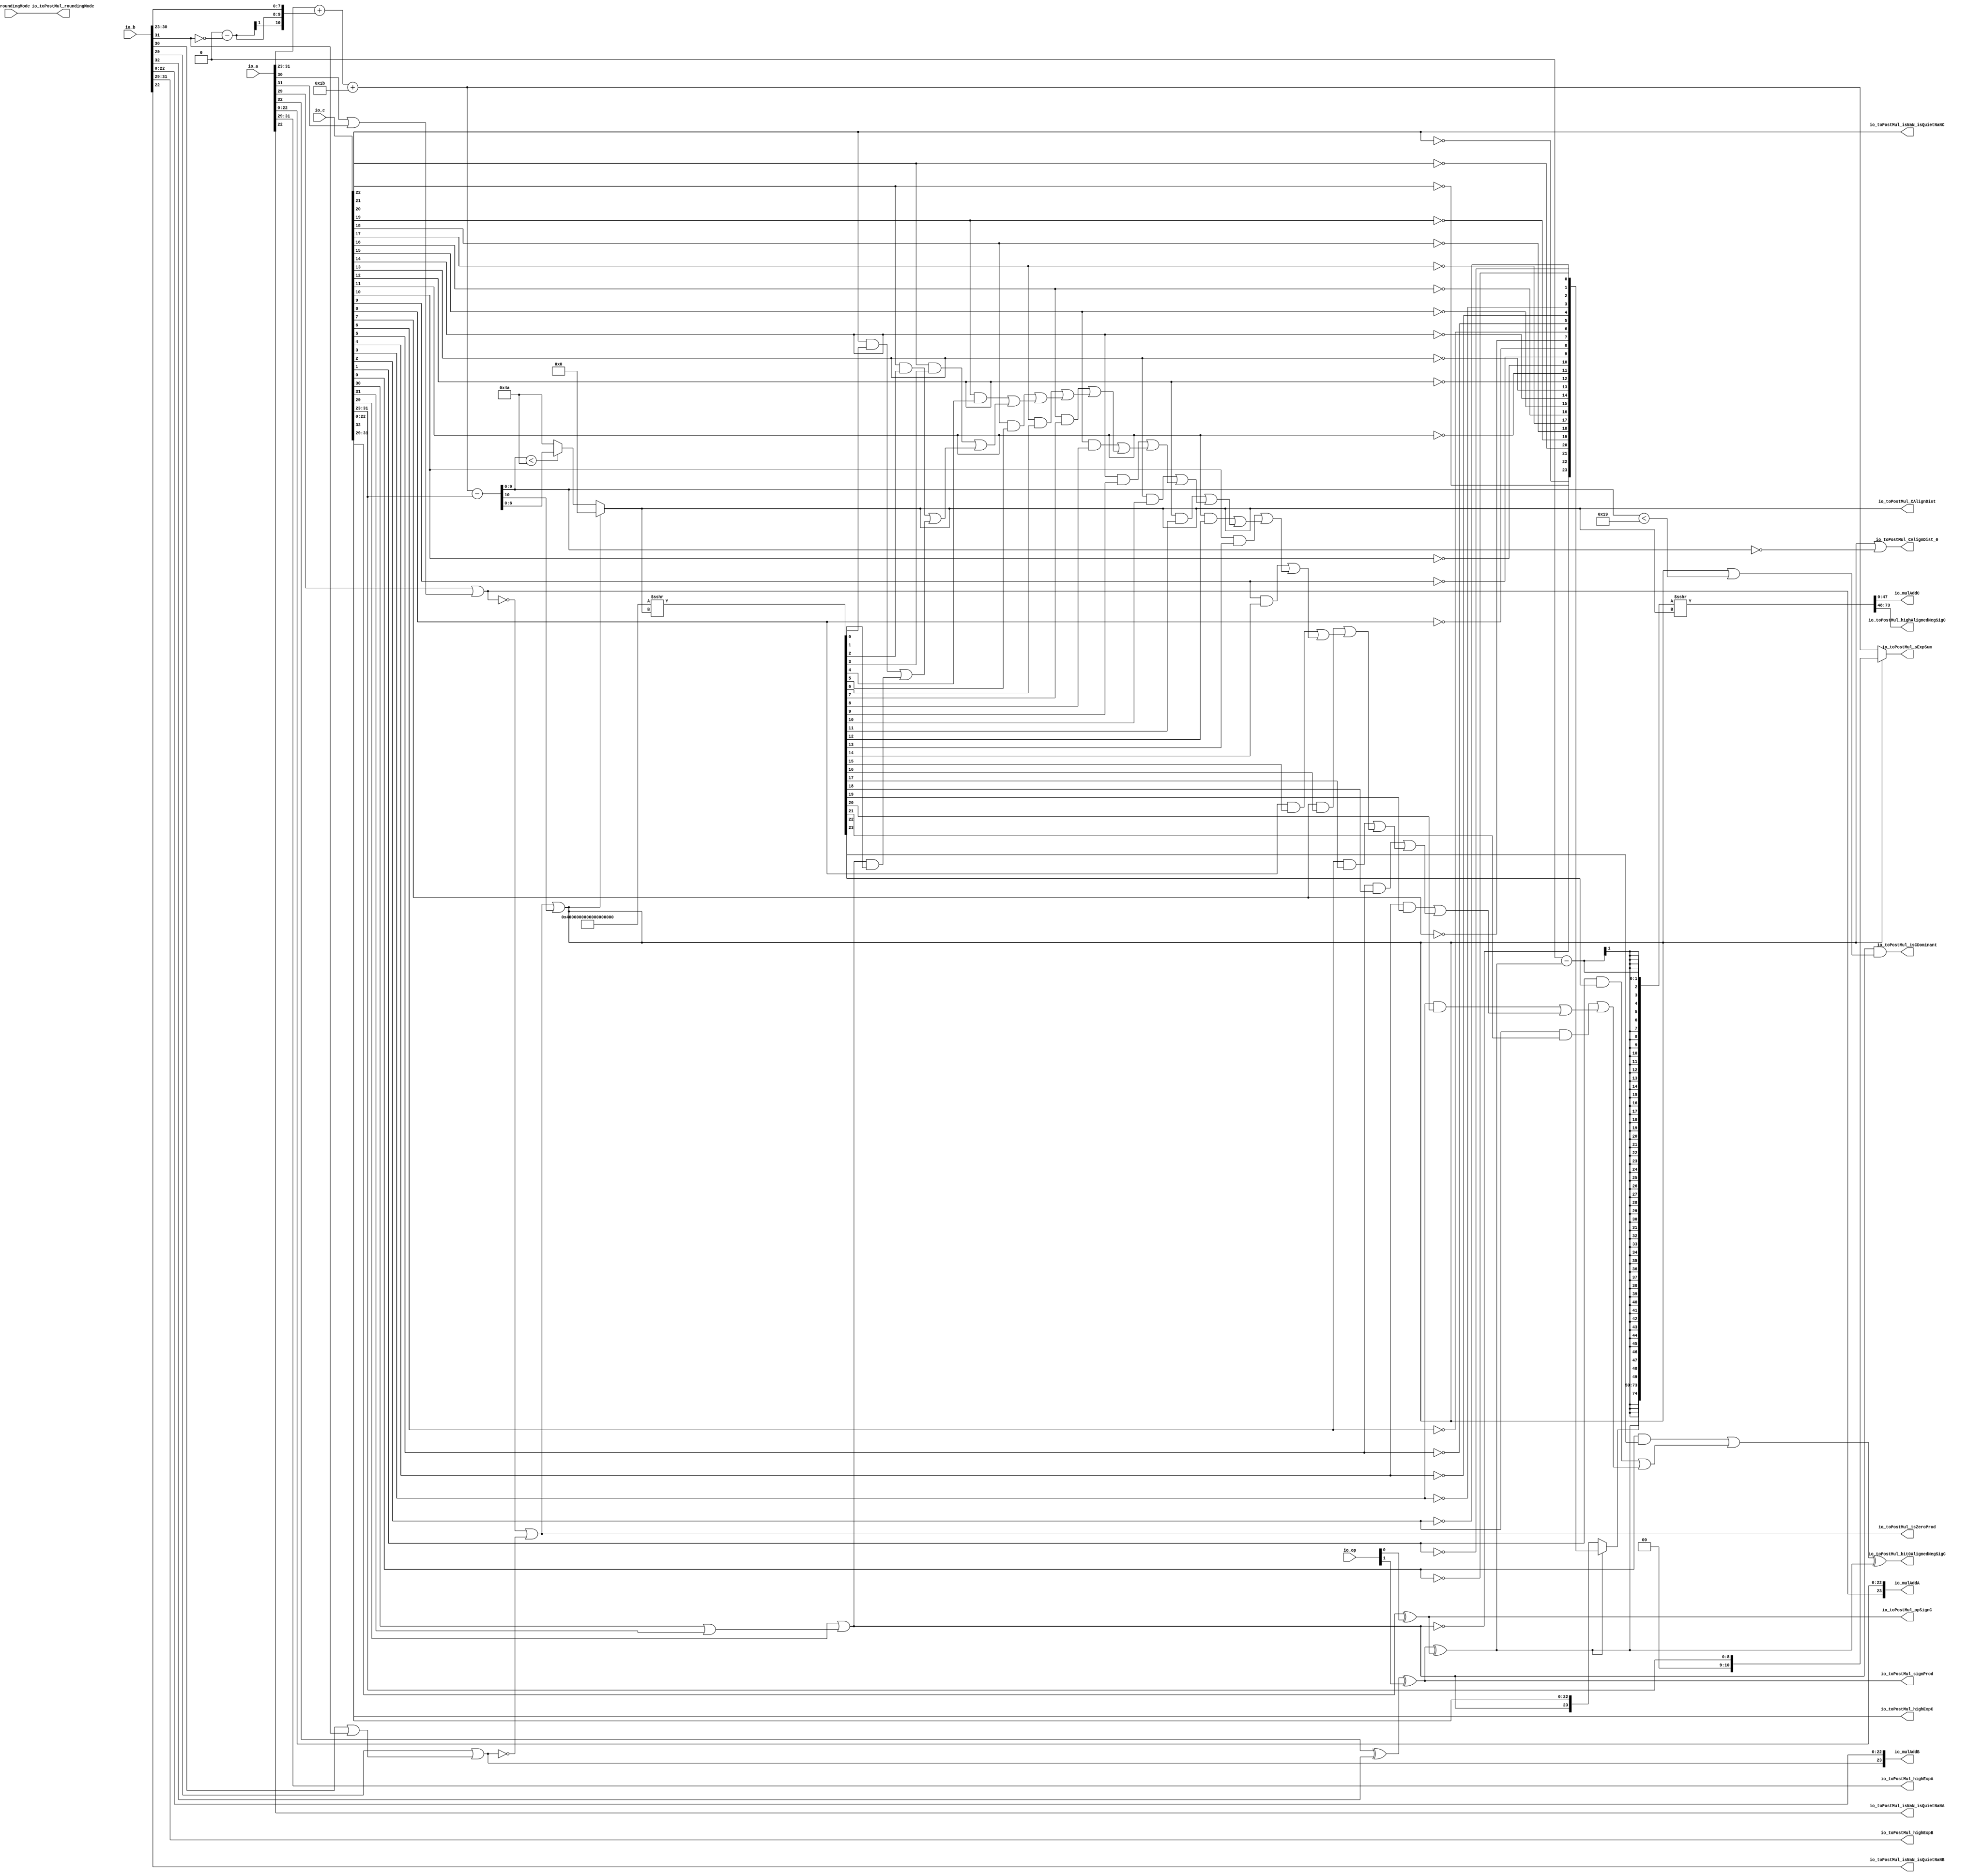
// This program was cloned from: https://github.com/NYU-MLDA/OpenABC
// License: BSD 3-Clause "New" or "Revised" License

module MulAddRecFN_preMul_0
(
  io_op,
  io_a,
  io_b,
  io_c,
  io_roundingMode,
  io_mulAddA,
  io_mulAddB,
  io_mulAddC,
  io_toPostMul_highExpA,
  io_toPostMul_isNaN_isQuietNaNA,
  io_toPostMul_highExpB,
  io_toPostMul_isNaN_isQuietNaNB,
  io_toPostMul_signProd,
  io_toPostMul_isZeroProd,
  io_toPostMul_opSignC,
  io_toPostMul_highExpC,
  io_toPostMul_isNaN_isQuietNaNC,
  io_toPostMul_isCDominant,
  io_toPostMul_CAlignDist_0,
  io_toPostMul_CAlignDist,
  io_toPostMul_bit0AlignedNegSigC,
  io_toPostMul_highAlignedNegSigC,
  io_toPostMul_sExpSum,
  io_toPostMul_roundingMode
);

  input [1:0] io_op;
  input [32:0] io_a;
  input [32:0] io_b;
  input [32:0] io_c;
  input [1:0] io_roundingMode;
  output [23:0] io_mulAddA;
  output [23:0] io_mulAddB;
  output [47:0] io_mulAddC;
  output [2:0] io_toPostMul_highExpA;
  output [2:0] io_toPostMul_highExpB;
  output [2:0] io_toPostMul_highExpC;
  output [6:0] io_toPostMul_CAlignDist;
  output [25:0] io_toPostMul_highAlignedNegSigC;
  output [10:0] io_toPostMul_sExpSum;
  output [1:0] io_toPostMul_roundingMode;
  output io_toPostMul_isNaN_isQuietNaNA;
  output io_toPostMul_isNaN_isQuietNaNB;
  output io_toPostMul_signProd;
  output io_toPostMul_isZeroProd;
  output io_toPostMul_opSignC;
  output io_toPostMul_isNaN_isQuietNaNC;
  output io_toPostMul_isCDominant;
  output io_toPostMul_CAlignDist_0;
  output io_toPostMul_bit0AlignedNegSigC;
  wire [23:0] io_mulAddA,io_mulAddB,T17,CExtraMask,T75;
  wire [47:0] io_mulAddC;
  wire [2:0] io_toPostMul_highExpA,io_toPostMul_highExpB,io_toPostMul_highExpC;
  wire [6:0] io_toPostMul_CAlignDist,T33;
  wire [25:0] io_toPostMul_highAlignedNegSigC;
  wire [10:0] io_toPostMul_sExpSum,sExpAlignedProd,T0,sNatCAlignDist;
  wire [1:0] io_toPostMul_roundingMode;
  wire io_toPostMul_isNaN_isQuietNaNA,io_toPostMul_isNaN_isQuietNaNB,
  io_toPostMul_signProd,io_toPostMul_isZeroProd,io_toPostMul_opSignC,io_toPostMul_isNaN_isQuietNaNC,
  io_toPostMul_isCDominant,io_toPostMul_CAlignDist_0,
  io_toPostMul_bit0AlignedNegSigC,N0,N1,N2,N3,N4,N5,CAlignDist_floor,N6,T1_8,T15,T19_5,T19_3,T19_1,T20_4,T20_2,
  T23_3,T23_2,T35,N7,T44_13,T44_11,T44_9,T44_7,T44_5,T44_3,T44_1,T45_12,T45_10,
  T45_8,T45_6,T45_4,T45_2,T48_11,T48_10,T48_7,T48_6,T48_3,T48_2,T49_9,T49_8,T49_5,
  T49_4,T52_7,T52_6,T52_5,T52_4,T71_0,N8,T77,T82,T79,T80,N9,N10,N11,N12,N13,N14,N15,
  N16,N17,N18,N19,N20,N21,N22,N23,N24,N25,N26,N27,N28,N29,N30,N31,N32,N33,N34,N35,
  N36,N37,N38,N39,N40,SV2V_UNCONNECTED_1,SV2V_UNCONNECTED_2,
  SV2V_UNCONNECTED_3,SV2V_UNCONNECTED_4,SV2V_UNCONNECTED_5,SV2V_UNCONNECTED_6,
  SV2V_UNCONNECTED_7,SV2V_UNCONNECTED_8,SV2V_UNCONNECTED_9,
  SV2V_UNCONNECTED_10,SV2V_UNCONNECTED_11,SV2V_UNCONNECTED_12,
  SV2V_UNCONNECTED_13,SV2V_UNCONNECTED_14,SV2V_UNCONNECTED_15,SV2V_UNCONNECTED_16,
  SV2V_UNCONNECTED_17,SV2V_UNCONNECTED_18,SV2V_UNCONNECTED_19,
  SV2V_UNCONNECTED_20,SV2V_UNCONNECTED_21,SV2V_UNCONNECTED_22,
  SV2V_UNCONNECTED_23,SV2V_UNCONNECTED_24,SV2V_UNCONNECTED_25,SV2V_UNCONNECTED_26,
  SV2V_UNCONNECTED_27,SV2V_UNCONNECTED_28,SV2V_UNCONNECTED_29,
  SV2V_UNCONNECTED_30,SV2V_UNCONNECTED_31,SV2V_UNCONNECTED_32,
  SV2V_UNCONNECTED_33,SV2V_UNCONNECTED_34,SV2V_UNCONNECTED_35,SV2V_UNCONNECTED_36,
  SV2V_UNCONNECTED_37,SV2V_UNCONNECTED_38,SV2V_UNCONNECTED_39,
  SV2V_UNCONNECTED_40,SV2V_UNCONNECTED_41,SV2V_UNCONNECTED_42,
  SV2V_UNCONNECTED_43,SV2V_UNCONNECTED_44,SV2V_UNCONNECTED_45,SV2V_UNCONNECTED_46,
  SV2V_UNCONNECTED_47,SV2V_UNCONNECTED_48,SV2V_UNCONNECTED_49,
  SV2V_UNCONNECTED_50,SV2V_UNCONNECTED_51,SV2V_UNCONNECTED_52;
  wire [10:10] T1;
  wire [0:0] T92;
  wire [23:23] sigC;
  wire [7:7] T19,T22;
  wire [6:6] T20;
  wire [7:6] T23,T26;
  wire [5:4] T24;
  wire [7:4] T27,T30;
  wire [15:0] T31;
  wire [15:15] T44,T47;
  wire [14:14] T45;
  wire [15:14] T48,T51;
  wire [13:12] T49;
  wire [15:12] T52,T55;
  wire [11:8] T53;
  wire [74:49] T71;
  assign io_toPostMul_highExpA[2] = io_a[31];
  assign io_toPostMul_highExpA[1] = io_a[30];
  assign io_toPostMul_highExpA[0] = io_a[29];
  assign io_toPostMul_isNaN_isQuietNaNA = io_a[22];
  assign io_mulAddA[22] = io_a[22];
  assign io_mulAddA[21] = io_a[21];
  assign io_mulAddA[20] = io_a[20];
  assign io_mulAddA[19] = io_a[19];
  assign io_mulAddA[18] = io_a[18];
  assign io_mulAddA[17] = io_a[17];
  assign io_mulAddA[16] = io_a[16];
  assign io_mulAddA[15] = io_a[15];
  assign io_mulAddA[14] = io_a[14];
  assign io_mulAddA[13] = io_a[13];
  assign io_mulAddA[12] = io_a[12];
  assign io_mulAddA[11] = io_a[11];
  assign io_mulAddA[10] = io_a[10];
  assign io_mulAddA[9] = io_a[9];
  assign io_mulAddA[8] = io_a[8];
  assign io_mulAddA[7] = io_a[7];
  assign io_mulAddA[6] = io_a[6];
  assign io_mulAddA[5] = io_a[5];
  assign io_mulAddA[4] = io_a[4];
  assign io_mulAddA[3] = io_a[3];
  assign io_mulAddA[2] = io_a[2];
  assign io_mulAddA[1] = io_a[1];
  assign io_mulAddA[0] = io_a[0];
  assign io_toPostMul_highExpB[2] = io_b[31];
  assign io_toPostMul_highExpB[1] = io_b[30];
  assign io_toPostMul_highExpB[0] = io_b[29];
  assign io_toPostMul_isNaN_isQuietNaNB = io_b[22];
  assign io_mulAddB[22] = io_b[22];
  assign io_mulAddB[21] = io_b[21];
  assign io_mulAddB[20] = io_b[20];
  assign io_mulAddB[19] = io_b[19];
  assign io_mulAddB[18] = io_b[18];
  assign io_mulAddB[17] = io_b[17];
  assign io_mulAddB[16] = io_b[16];
  assign io_mulAddB[15] = io_b[15];
  assign io_mulAddB[14] = io_b[14];
  assign io_mulAddB[13] = io_b[13];
  assign io_mulAddB[12] = io_b[12];
  assign io_mulAddB[11] = io_b[11];
  assign io_mulAddB[10] = io_b[10];
  assign io_mulAddB[9] = io_b[9];
  assign io_mulAddB[8] = io_b[8];
  assign io_mulAddB[7] = io_b[7];
  assign io_mulAddB[6] = io_b[6];
  assign io_mulAddB[5] = io_b[5];
  assign io_mulAddB[4] = io_b[4];
  assign io_mulAddB[3] = io_b[3];
  assign io_mulAddB[2] = io_b[2];
  assign io_mulAddB[1] = io_b[1];
  assign io_mulAddB[0] = io_b[0];
  assign io_toPostMul_highExpC[2] = io_c[31];
  assign io_toPostMul_highExpC[1] = io_c[30];
  assign io_toPostMul_highExpC[0] = io_c[29];
  assign io_toPostMul_isNaN_isQuietNaNC = io_c[22];
  assign io_toPostMul_roundingMode[1] = io_roundingMode[1];
  assign io_toPostMul_roundingMode[0] = io_roundingMode[0];
  assign T35 = sNatCAlignDist[9:0] < { 1'b1, 1'b0, 1'b0, 1'b1, 1'b0, 1'b1, 1'b0 };
  assign { SV2V_UNCONNECTED_1, io_toPostMul_highAlignedNegSigC, io_mulAddC } = $signed({ T71, T71[49:49], T71[49:49], T71[49:49], T71[49:49], T71[49:49], T71[49:49], T71[49:49], T71[49:49], T71[49:49], T71[49:49], T71[49:49], T71[49:49], T71[49:49], T71[49:49], T71[49:49], T71[49:49], T71[49:49], T71[49:49], T71[49:49], T71[49:49], T71[49:49], T71[49:49], T71[49:49], T71[49:49], T71[49:49], T71[49:49], T71[49:49], T71[49:49], T71[49:49], T71[49:49], T71[49:49], T71[49:49], T71[49:49], T71[49:49], T71[49:49], T71[49:49], T71[49:49], T71[49:49], T71[49:49], T71[49:49], T71[49:49], T71[49:49], T71[49:49], T71[49:49], T71[49:49], T71[49:49], T71[49:49], T71[49:49], T71_0 }) >>> io_toPostMul_CAlignDist;
  assign T77 = sNatCAlignDist[9:0] == 1'b0;
  assign T80 = sNatCAlignDist[9:0] < { 1'b1, 1'b1, 1'b0, 1'b0, 1'b1 };
  assign N9 = T17[22] | T17[23];
  assign N10 = T17[21] | N9;
  assign N11 = T17[20] | N10;
  assign N12 = T17[19] | N11;
  assign N13 = T17[18] | N12;
  assign N14 = T17[17] | N13;
  assign N15 = T17[16] | N14;
  assign N16 = T17[15] | N15;
  assign N17 = T17[14] | N16;
  assign N18 = T17[13] | N17;
  assign N19 = T17[12] | N18;
  assign N20 = T17[11] | N19;
  assign N21 = T17[10] | N20;
  assign N22 = T17[9] | N21;
  assign N23 = T17[8] | N22;
  assign N24 = T17[7] | N23;
  assign N25 = T17[6] | N24;
  assign N26 = T17[5] | N25;
  assign N27 = T17[4] | N26;
  assign N28 = T17[3] | N27;
  assign N29 = T17[2] | N28;
  assign N30 = T17[1] | N29;
  assign N31 = T17[0] | N30;
  assign N32 = io_c[30] | io_c[31];
  assign N33 = io_c[29] | N32;
  assign N34 = ~N33;
  assign { SV2V_UNCONNECTED_2, SV2V_UNCONNECTED_3, SV2V_UNCONNECTED_4, SV2V_UNCONNECTED_5, SV2V_UNCONNECTED_6, SV2V_UNCONNECTED_7, SV2V_UNCONNECTED_8, SV2V_UNCONNECTED_9, SV2V_UNCONNECTED_10, SV2V_UNCONNECTED_11, SV2V_UNCONNECTED_12, SV2V_UNCONNECTED_13, SV2V_UNCONNECTED_14, SV2V_UNCONNECTED_15, SV2V_UNCONNECTED_16, SV2V_UNCONNECTED_17, SV2V_UNCONNECTED_18, SV2V_UNCONNECTED_19, SV2V_UNCONNECTED_20, SV2V_UNCONNECTED_21, SV2V_UNCONNECTED_22, SV2V_UNCONNECTED_23, SV2V_UNCONNECTED_24, SV2V_UNCONNECTED_25, SV2V_UNCONNECTED_26, SV2V_UNCONNECTED_27, SV2V_UNCONNECTED_28, SV2V_UNCONNECTED_29, SV2V_UNCONNECTED_30, SV2V_UNCONNECTED_31, SV2V_UNCONNECTED_32, SV2V_UNCONNECTED_33, SV2V_UNCONNECTED_34, SV2V_UNCONNECTED_35, SV2V_UNCONNECTED_36, SV2V_UNCONNECTED_37, SV2V_UNCONNECTED_38, SV2V_UNCONNECTED_39, SV2V_UNCONNECTED_40, SV2V_UNCONNECTED_41, SV2V_UNCONNECTED_42, SV2V_UNCONNECTED_43, SV2V_UNCONNECTED_44, SV2V_UNCONNECTED_45, SV2V_UNCONNECTED_46, SV2V_UNCONNECTED_47, SV2V_UNCONNECTED_48, SV2V_UNCONNECTED_49, SV2V_UNCONNECTED_50, SV2V_UNCONNECTED_51, SV2V_UNCONNECTED_52, T30, T27, T31 } = $signed({ 1'b1, 1'b0, 1'b0, 1'b0, 1'b0, 1'b0, 1'b0, 1'b0, 1'b0, 1'b0, 1'b0, 1'b0, 1'b0, 1'b0, 1'b0, 1'b0, 1'b0, 1'b0, 1'b0, 1'b0, 1'b0, 1'b0, 1'b0, 1'b0, 1'b0, 1'b0, 1'b0, 1'b0, 1'b0, 1'b0, 1'b0, 1'b0, 1'b0, 1'b0, 1'b0, 1'b0, 1'b0, 1'b0, 1'b0, 1'b0, 1'b0, 1'b0, 1'b0, 1'b0, 1'b0, 1'b0, 1'b0, 1'b0, 1'b0, 1'b0, 1'b0, 1'b0, 1'b0, 1'b0, 1'b0, 1'b0, 1'b0, 1'b0, 1'b0, 1'b0, 1'b0, 1'b0, 1'b0, 1'b0, 1'b0, 1'b0, 1'b0, 1'b0, 1'b0, 1'b0, 1'b0, 1'b0, 1'b0, 1'b0, 1'b0 }) >>> io_toPostMul_CAlignDist;
  assign N35 = io_a[30] | io_a[31];
  assign N36 = io_a[29] | N35;
  assign N37 = ~N36;
  assign N38 = io_b[30] | io_b[31];
  assign N39 = io_b[29] | N38;
  assign N40 = ~N39;
  assign { T1[10:10], T1_8 } = 1'b0 - T92[0];
  assign T0 = io_a[31:23] + { T1[10:10], T1[10:10], T1_8, io_b[30:23] };
  assign { T71[49:49], T71_0 } = 1'b0 - T71[74];
  assign sExpAlignedProd = T0 + { 1'b1, 1'b1, 1'b0, 1'b1, 1'b1 };
  assign sNatCAlignDist = sExpAlignedProd - io_c[31:23];
  assign io_toPostMul_sExpSum = (N0)? { 1'b0, 1'b0, io_c[31:23] } : 
                                (N1)? sExpAlignedProd : 1'b0;
  assign N0 = CAlignDist_floor;
  assign N1 = N6;
  assign io_toPostMul_CAlignDist = (N0)? { 1'b0, 1'b0, 1'b0, 1'b0, 1'b0, 1'b0, 1'b0 } : 
                                   (N1)? T33 : 1'b0;
  assign T33 = (N2)? sNatCAlignDist[6:0] : 
               (N3)? { 1'b1, 1'b0, 1'b0, 1'b1, 1'b0, 1'b1, 1'b0 } : 1'b0;
  assign N2 = T35;
  assign N3 = N7;
  assign T71[73:50] = (N4)? T75 : 
                      (N5)? { sigC[23:23], io_c[22:0] } : 1'b0;
  assign N4 = T71[74];
  assign N5 = N8;
  assign N6 = ~CAlignDist_floor;
  assign T92[0] = ~io_b[31];
  assign CAlignDist_floor = io_toPostMul_isZeroProd | sNatCAlignDist[10];
  assign io_toPostMul_isZeroProd = N37 | N40;
  assign io_toPostMul_bit0AlignedNegSigC = N31 ^ T71[74];
  assign T71[74] = io_toPostMul_signProd ^ io_toPostMul_opSignC;
  assign io_toPostMul_opSignC = io_c[32] ^ io_op[0];
  assign io_toPostMul_signProd = T15 ^ io_op[1];
  assign T15 = io_a[32] ^ io_b[32];
  assign T17[23] = sigC[23] & CExtraMask[23];
  assign T17[22] = io_c[22] & CExtraMask[22];
  assign T17[21] = io_c[21] & CExtraMask[21];
  assign T17[20] = io_c[20] & CExtraMask[20];
  assign T17[19] = io_c[19] & CExtraMask[19];
  assign T17[18] = io_c[18] & CExtraMask[18];
  assign T17[17] = io_c[17] & CExtraMask[17];
  assign T17[16] = io_c[16] & CExtraMask[16];
  assign T17[15] = io_c[15] & CExtraMask[15];
  assign T17[14] = io_c[14] & CExtraMask[14];
  assign T17[13] = io_c[13] & CExtraMask[13];
  assign T17[12] = io_c[12] & CExtraMask[12];
  assign T17[11] = io_c[11] & CExtraMask[11];
  assign T17[10] = io_c[10] & CExtraMask[10];
  assign T17[9] = io_c[9] & CExtraMask[9];
  assign T17[8] = io_c[8] & CExtraMask[8];
  assign T17[7] = io_c[7] & CExtraMask[7];
  assign T17[6] = io_c[6] & CExtraMask[6];
  assign T17[5] = io_c[5] & CExtraMask[5];
  assign T17[4] = io_c[4] & CExtraMask[4];
  assign T17[3] = io_c[3] & CExtraMask[3];
  assign T17[2] = io_c[2] & CExtraMask[2];
  assign T17[1] = io_c[1] & CExtraMask[1];
  assign T17[0] = io_c[0] & CExtraMask[0];
  assign CExtraMask[7] = 1'b0 | T19[7];
  assign CExtraMask[6] = T22[7] | 1'b0;
  assign CExtraMask[5] = 1'b0 | T19_5;
  assign CExtraMask[4] = T20[6] | 1'b0;
  assign CExtraMask[3] = 1'b0 | T19_3;
  assign CExtraMask[2] = T20_4 | 1'b0;
  assign CExtraMask[1] = 1'b0 | T19_1;
  assign CExtraMask[0] = T20_2 | 1'b0;
  assign T22[7] = 1'b0 | T23[7];
  assign T19[7] = 1'b0 | T23[6];
  assign T20[6] = T26[7] | 1'b0;
  assign T19_5 = T26[6] | 1'b0;
  assign T20_4 = 1'b0 | T23_3;
  assign T19_3 = 1'b0 | T23_2;
  assign T20_2 = T24[5] | 1'b0;
  assign T19_1 = T24[4] | 1'b0;
  assign T26[7] = 1'b0 | T27[7];
  assign T26[6] = 1'b0 | T27[6];
  assign T23[7] = 1'b0 | T27[5];
  assign T23[6] = 1'b0 | T27[4];
  assign T24[5] = T30[7] | 1'b0;
  assign T24[4] = T30[6] | 1'b0;
  assign T23_3 = T30[5] | 1'b0;
  assign T23_2 = T30[4] | 1'b0;
  assign N7 = ~T35;
  assign CExtraMask[23] = 1'b0 | T44[15];
  assign CExtraMask[22] = T47[15] | 1'b0;
  assign CExtraMask[21] = 1'b0 | T44_13;
  assign CExtraMask[20] = T45[14] | 1'b0;
  assign CExtraMask[19] = 1'b0 | T44_11;
  assign CExtraMask[18] = T45_12 | 1'b0;
  assign CExtraMask[17] = 1'b0 | T44_9;
  assign CExtraMask[16] = T45_10 | 1'b0;
  assign CExtraMask[15] = 1'b0 | T44_7;
  assign CExtraMask[14] = T45_8 | 1'b0;
  assign CExtraMask[13] = 1'b0 | T44_5;
  assign CExtraMask[12] = T45_6 | 1'b0;
  assign CExtraMask[11] = 1'b0 | T44_3;
  assign CExtraMask[10] = T45_4 | 1'b0;
  assign CExtraMask[9] = 1'b0 | T44_1;
  assign CExtraMask[8] = T45_2 | 1'b0;
  assign T47[15] = 1'b0 | T48[15];
  assign T44[15] = 1'b0 | T48[14];
  assign T45[14] = T51[15] | 1'b0;
  assign T44_13 = T51[14] | 1'b0;
  assign T45_12 = 1'b0 | T48_11;
  assign T44_11 = 1'b0 | T48_10;
  assign T45_10 = T49[13] | 1'b0;
  assign T44_9 = T49[12] | 1'b0;
  assign T45_8 = 1'b0 | T48_7;
  assign T44_7 = 1'b0 | T48_6;
  assign T45_6 = T49_9 | 1'b0;
  assign T44_5 = T49_8 | 1'b0;
  assign T45_4 = 1'b0 | T48_3;
  assign T44_3 = 1'b0 | T48_2;
  assign T45_2 = T49_5 | 1'b0;
  assign T44_1 = T49_4 | 1'b0;
  assign T51[15] = 1'b0 | T52[15];
  assign T51[14] = 1'b0 | T52[14];
  assign T48[15] = 1'b0 | T52[13];
  assign T48[14] = 1'b0 | T52[12];
  assign T49[13] = T55[15] | 1'b0;
  assign T49[12] = T55[14] | 1'b0;
  assign T48_11 = T55[13] | 1'b0;
  assign T48_10 = T55[12] | 1'b0;
  assign T49_9 = 1'b0 | T52_7;
  assign T49_8 = 1'b0 | T52_6;
  assign T48_7 = 1'b0 | T52_5;
  assign T48_6 = 1'b0 | T52_4;
  assign T49_5 = T53[11] | 1'b0;
  assign T49_4 = T53[10] | 1'b0;
  assign T48_3 = T53[9] | 1'b0;
  assign T48_2 = T53[8] | 1'b0;
  assign T55[15] = 1'b0 | T31[7];
  assign T55[14] = 1'b0 | T31[6];
  assign T55[13] = 1'b0 | T31[5];
  assign T55[12] = 1'b0 | T31[4];
  assign T52[15] = 1'b0 | T31[3];
  assign T52[14] = 1'b0 | T31[2];
  assign T52[13] = 1'b0 | T31[1];
  assign T52[12] = 1'b0 | T31[0];
  assign T53[11] = T31[15] | 1'b0;
  assign T53[10] = T31[14] | 1'b0;
  assign T53[9] = T31[13] | 1'b0;
  assign T53[8] = T31[12] | 1'b0;
  assign T52_7 = T31[11] | 1'b0;
  assign T52_6 = T31[10] | 1'b0;
  assign T52_5 = T31[9] | 1'b0;
  assign T52_4 = T31[8] | 1'b0;
  assign sigC[23] = ~N34;
  assign N8 = ~T71[74];
  assign T75[23] = ~sigC[23];
  assign T75[22] = ~io_c[22];
  assign T75[21] = ~io_c[21];
  assign T75[20] = ~io_c[20];
  assign T75[19] = ~io_c[19];
  assign T75[18] = ~io_c[18];
  assign T75[17] = ~io_c[17];
  assign T75[16] = ~io_c[16];
  assign T75[15] = ~io_c[15];
  assign T75[14] = ~io_c[14];
  assign T75[13] = ~io_c[13];
  assign T75[12] = ~io_c[12];
  assign T75[11] = ~io_c[11];
  assign T75[10] = ~io_c[10];
  assign T75[9] = ~io_c[9];
  assign T75[8] = ~io_c[8];
  assign T75[7] = ~io_c[7];
  assign T75[6] = ~io_c[6];
  assign T75[5] = ~io_c[5];
  assign T75[4] = ~io_c[4];
  assign T75[3] = ~io_c[3];
  assign T75[2] = ~io_c[2];
  assign T75[1] = ~io_c[1];
  assign T75[0] = ~io_c[0];
  assign io_toPostMul_CAlignDist_0 = CAlignDist_floor | T77;
  assign io_toPostMul_isCDominant = T82 & T79;
  assign T79 = CAlignDist_floor | T80;
  assign T82 = ~N34;
  assign io_mulAddB[23] = ~N40;
  assign io_mulAddA[23] = ~N37;

endmodule